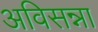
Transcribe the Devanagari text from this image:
अविसन्ना